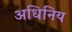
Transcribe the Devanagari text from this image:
अधिनिय